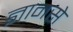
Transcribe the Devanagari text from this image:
ज्ञानसे